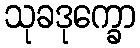
သုခဒုက္ခော